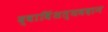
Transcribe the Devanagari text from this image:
द्वाविंशत्यवदान